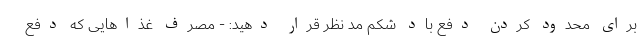
برای محدود کردن دفع باد شکم مد نظر قرار دهید: - مصرف غذاهایی که دفع